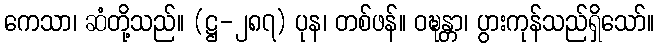
ကေသာ၊ ဆံတို့သည်။ (ဋ္ဌ-၂၈၇) ပုန၊ တစ်ဖန်။ ဝဍ္ဎန္တာ၊ ပွားကုန်သည်ရှိသော်။